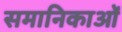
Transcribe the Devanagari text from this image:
समानिकाओं